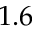
1 . 6